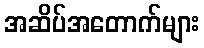
အဆိပ်အတောက်များ